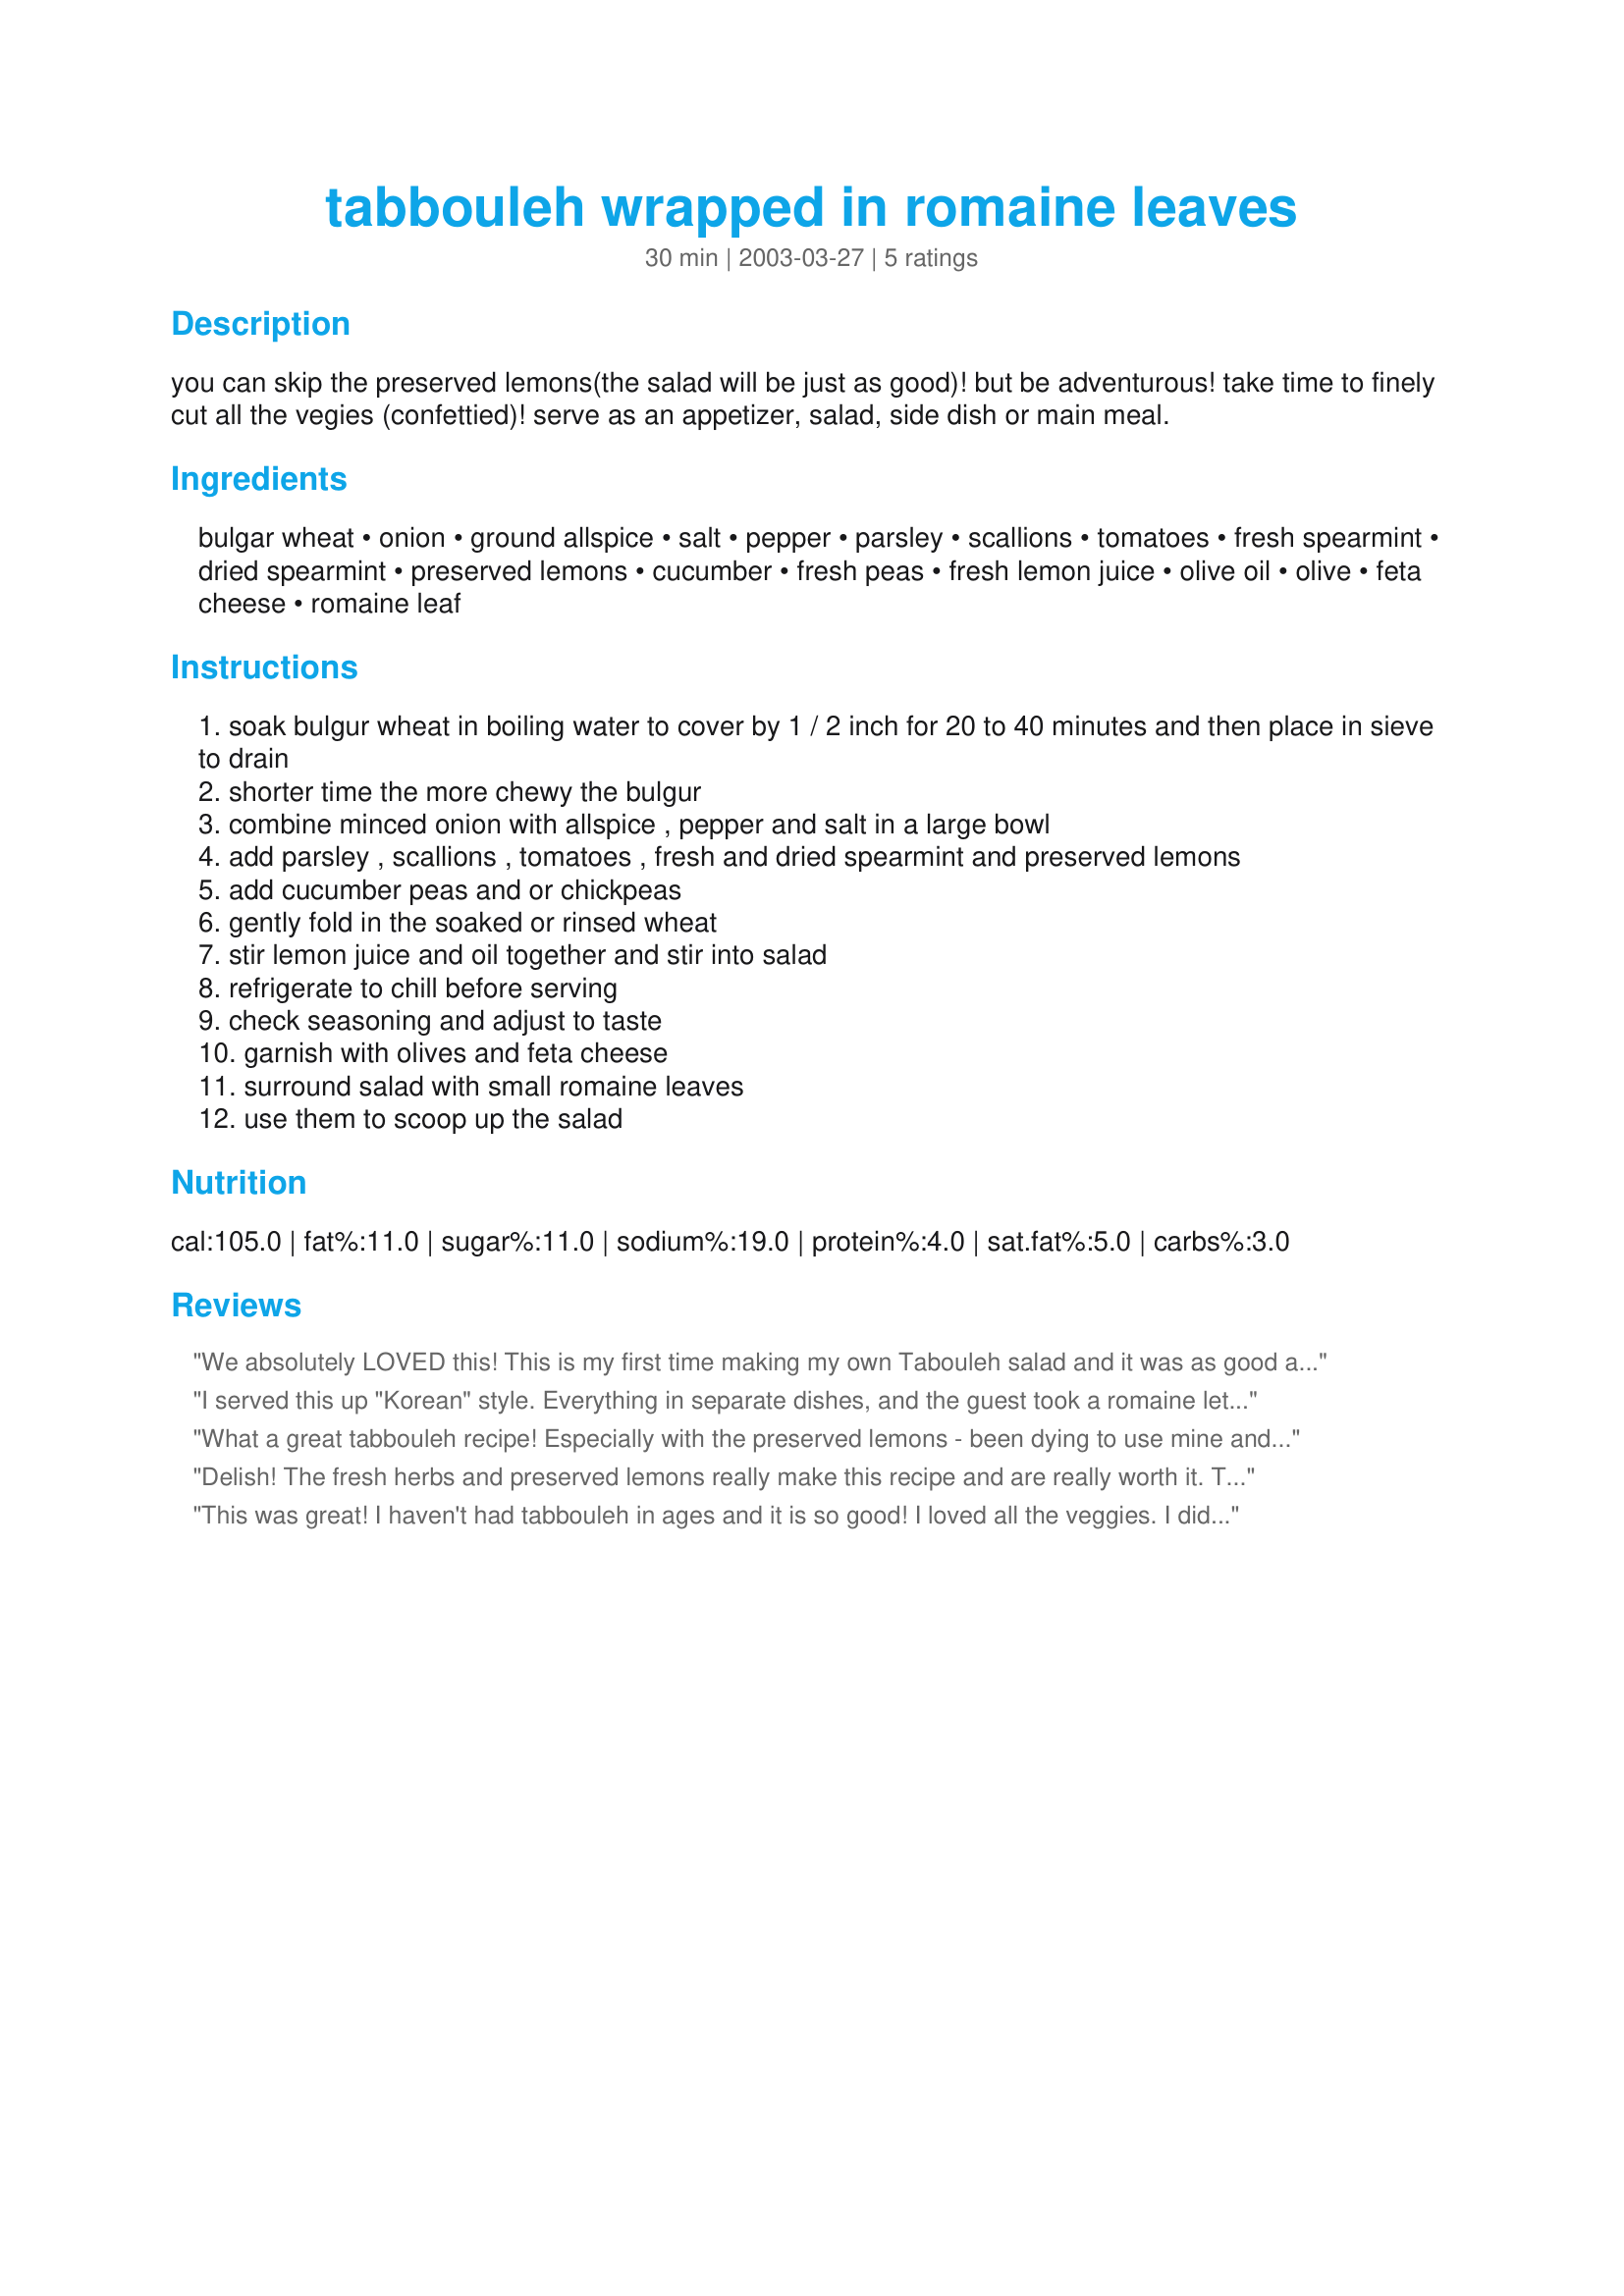
tabbouleh wrapped in romaine leaves
Preparation time: 30 minutes

you can skip the preserved lemons(the salad will be just as good)! but be adventurous! take time to finely cut all the vegies (confettied)! serve as an appetizer, salad, side dish or main meal.

Ingredients:
bulgar wheat, onion, ground allspice, salt, pepper, parsley, scallions, tomatoes, fresh spearmint, dried spearmint, preserved lemons, cucumber, fresh peas, fresh lemon juice, olive oil, olive, feta cheese, romaine leaf

Steps:
soak bulgur wheat in boiling water to cover by 1 / 2 inch for 20 to 40 minutes and then place in sieve to drain
shorter time the more chewy the bulgur
combine minced onion with allspice , pepper and salt in a large bowl
add parsley , scallions , tomatoes , fresh and dried spearmint and preserved lemons
add cucumber peas and or chickpeas
gently fold in the soaked or rinsed wheat
stir lemon juice and oil together and stir into salad
refrigerate to chill before serving
check seasoning and adjust to taste
garnish with olives and feta cheese
surround salad with small romaine leaves
use them to scoop up the salad

Reviews:
We absolutely LOVED this! This is my first time making my own Tabouleh salad and it was as good as any I have had in restaurants. I did not have fresh mint and used only dried, which worked great. I also did not have preserved lemons and added 3 tbsp of extra lemon juice instead. I used chickpeas and feta as well and reduced the oil by about 1/2 which did not hurt the recipe either. I will be making this again and again for sure. Made for Photo Tag.
I served this up "Korean" style. Everything in separate dishes, and the guest took a romaine lettus leaf, put what the wanted on it, topped with the dressing, wrapped it up and ate with their hands. It was a hit. Thanks for posting.
What a great tabbouleh recipe! Especially with the preserved lemons - been dying to use mine and they really added to this. Will make this yummy version many times I know - thanks Rita!
Delish! The fresh herbs and preserved lemons really make this recipe and are really worth it. This is the best tabbouleh I have ever made. Thanks for posting, I would make this again for sure. Made for the October 08 veggie swap.
This was great! I haven't had tabbouleh in ages and it is so good! I loved all the veggies. I didn't have preserved lemon or fresh mint, but it was good anyway! Thanks so much! I used frozen peas.
